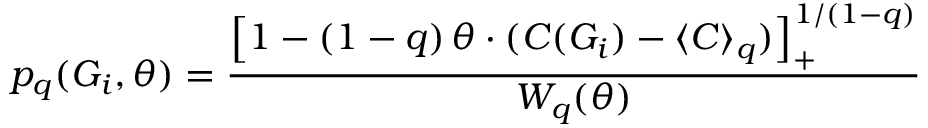
p _ { q } ( G _ { i } , \theta ) = \frac { \left[ 1 - ( 1 - q ) \, \theta \cdot ( C ( G _ { i } ) - \langle C \rangle _ { q } ) \right] _ { + } ^ { 1 / ( 1 - q ) } } { W _ { q } ( \theta ) }